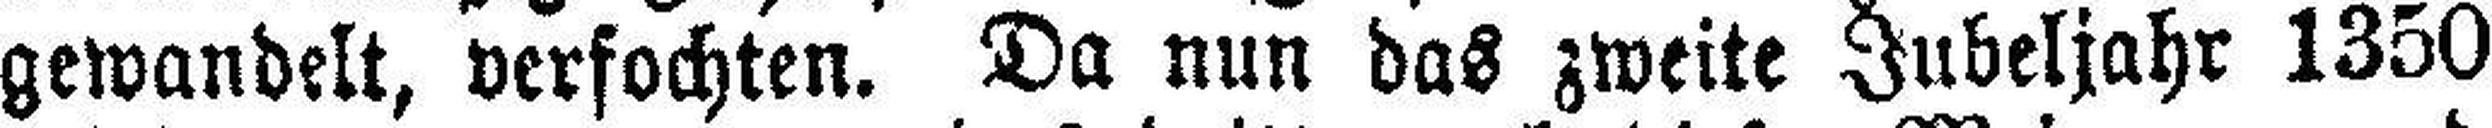
gewandelt, verfochten. Da nun das zweite Jubeljahr 1350